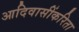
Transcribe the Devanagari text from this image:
आदिवासींकरिता